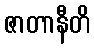
ဇာတာနီတိ